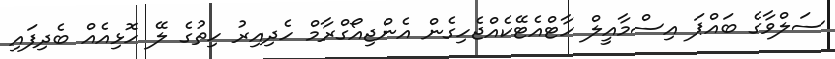
ސަލްވާގެ ބައްޕަ އިސްމާއީލް ހާޓްއެޓޭކެއްޖެހިގެން އެންޖިއޯގްރާމް ހެދިއިރު ހިތުގެ ލޭ ހޮޅިއެއް ބެދިފައި